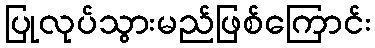
ပြုလုပ်သွားမည်ဖြစ်ကြောင်း